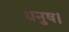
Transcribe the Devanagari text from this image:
धनुष।